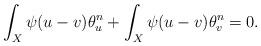
LaTeX: \begin{align*}\int_{X} \psi(u-v) \theta^{n}_{u} + \int_{X} \psi(u-v) \theta^{n}_{v} = 0.\end{align*}